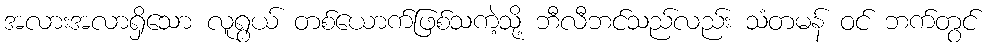
အလားအလာရှိသော လူရွယ် တစ်ယောက်ဖြစ်သကဲ့သို့ ဘီလီဘင်သည်လည်း သံတမန် ဝင် ဘက်တွင်